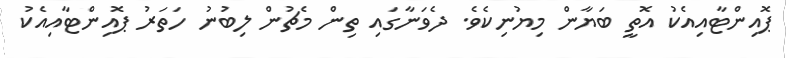
ޕޮއިންޓާއިއެކު އޮތީ ބަޔާން މިޔުނިކެވެ. ދެވަނާގައި ތިން މެޗުން ލިބުނު ހަތަރު ޕޮއިންޓާއިއެކު